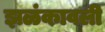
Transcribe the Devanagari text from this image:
झळंकावली